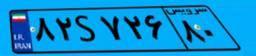
۶۶S۹۵۹۰۴